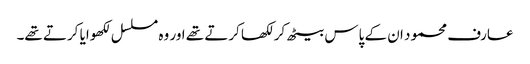
عارف محمود ان کے پاس بیٹھ کر لکھا کرتے تھے اور وہ مسلسل لکھوایا کرتے تھے۔